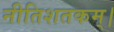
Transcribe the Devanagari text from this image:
नीतिशतकम्।